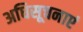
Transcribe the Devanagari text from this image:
अधिसूचनाएं